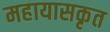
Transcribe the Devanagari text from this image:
महायासकृत